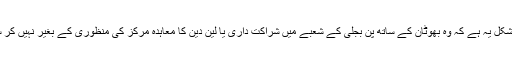
لیکن مشکل یہ ہے کہ وہ بھوٹان کے ساتھ پن بجلی کے شعبے میں شراکت داری یا لین دین کا معاہدہ مرکز کی منظوری کے بغیر نہیں کر سکتے۔